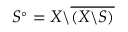
S ^ { \circ } = X \backslash { \overline { { ( X \backslash S ) } } }